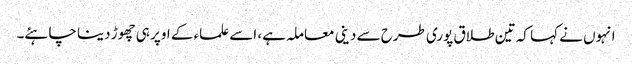
انہوں نے کہا کہ تین طلاق پوری طرح سے دینی معاملہ ہے، اسے علماء کے اوپر ہی چھوڑ دینا چاہئے۔